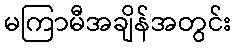
မကြာမီအချိန်အတွင်း